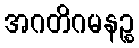
အဂတိဂမနဉ္စ